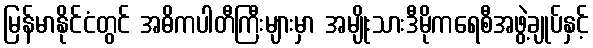
မြန်မာနိုင်ငံတွင် အဓိကပါတီကြီးများမှာ အမျိုးသားဒီမိုကရေစီအဖွဲ့ချုပ်နှင့်